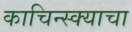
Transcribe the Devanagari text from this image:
काचिन्स्क्याचा